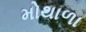
મોથાળા